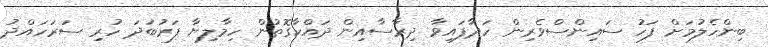
ބިންހެލުމަށް ފަހު ސައިންސްވެރިން ހަދާފައިވާ ދިރާސާއިން ދައްކާގޮތުން ހިމާލިޔާ ފަރުބަދަ ހުރި ސަރަހައްދު